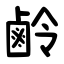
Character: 鹷